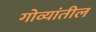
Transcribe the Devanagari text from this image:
गोव्यांतील